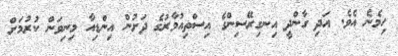
ހިމެނެ އެވެ. އަދި ގާންދީ އިނގިރޭސިންގެ އިސްތިއުމާރުގެ ދަށުން އިންޑިއާ މިނިވަން ކުރުމަށް